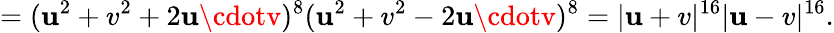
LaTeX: =(\mathbf{u}^{2}+v^{2}+2\mathbf{u}\cdotv)^{8}(\mathbf{u}^{2}+v^{2}-2\mathbf{u}\cdotv)^{8}=|\mathbf{u}+v|^{16}|\mathbf{u}-v|^{16}.